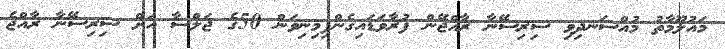
މައުލޫމާތު މުއްސަނދިވި ސިރިސޭނާ ރާއްޖޭން ފުރާވަޑައިގެންފިމިނިވަން 50ގެ ޖަލްސާ އަށް ސިރިސޭނާ ރާއްޖެ